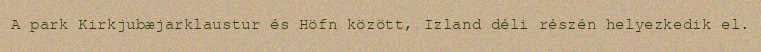
A park Kirkjubæjarklaustur és Höfn között, Izland déli részén helyezkedik el.